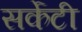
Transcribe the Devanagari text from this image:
सर्केटी